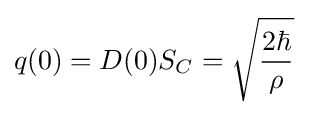
q(0)=D(0)S_{C}={\sqrt {\frac {2\hbar }{\rho }}}\